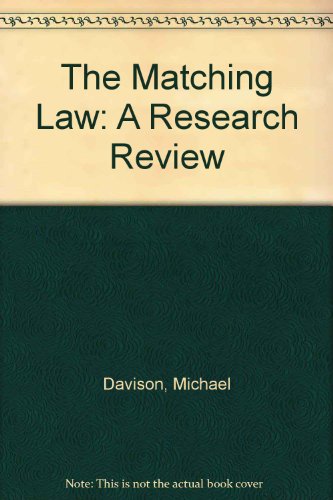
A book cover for The Matching Law: A Research Review; Michael Davison; Medical Books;